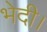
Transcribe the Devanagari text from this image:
भेदी।